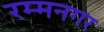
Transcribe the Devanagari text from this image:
रम्मनगर